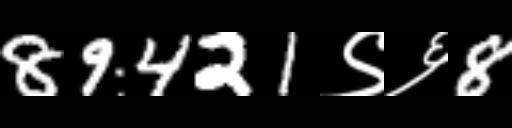
Text: 89421९६8